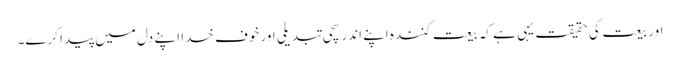
اور بیعت کی حقیقت یہی ہے کہ بیعت کنندہ اپنے اندر سچی تبدیلی اور خوفِ خدا اپنے دل میں پیدا کرے۔